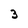
Character: 3